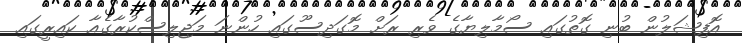
އޮފިޝަލުން ބުނި ގޮތުގައި ސޯމާލިޔާގެ ވެރި ރަށް މޮގަދިސޫގައި ހުންނަ މަޖިލިސްކުރާގެއާ ކައިރީގައި